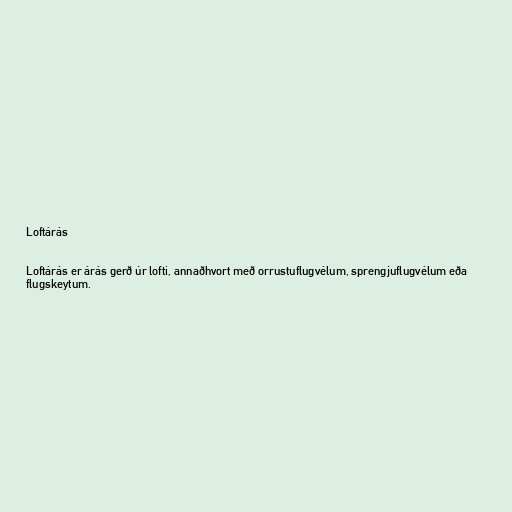
Loftárás

Loftárás er árás gerð úr lofti, annaðhvort með orrustuflugvélum, sprengjuflugvélum eða
flugskeytum.